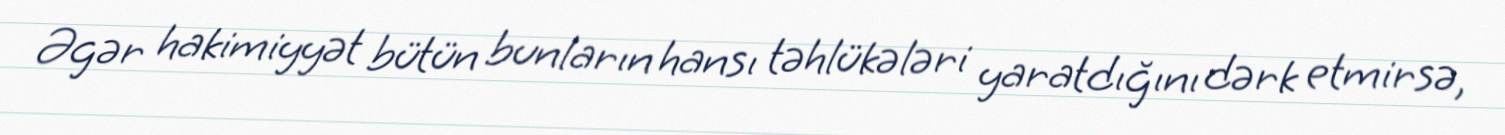
Əgər hakimiyyət bütün bunların hansı təhlükələri yaratdığını dərk etmirsə,